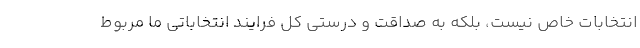
انتخابات خاص نیست، بلکه به صداقت و درستی کل فرایند انتخاباتی ما مربوط